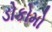
ડોકોમો